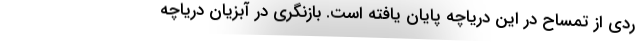
ردی از تمساح در این دریاچه پایان یافته است. بازنگری در آبزیان دریاچه